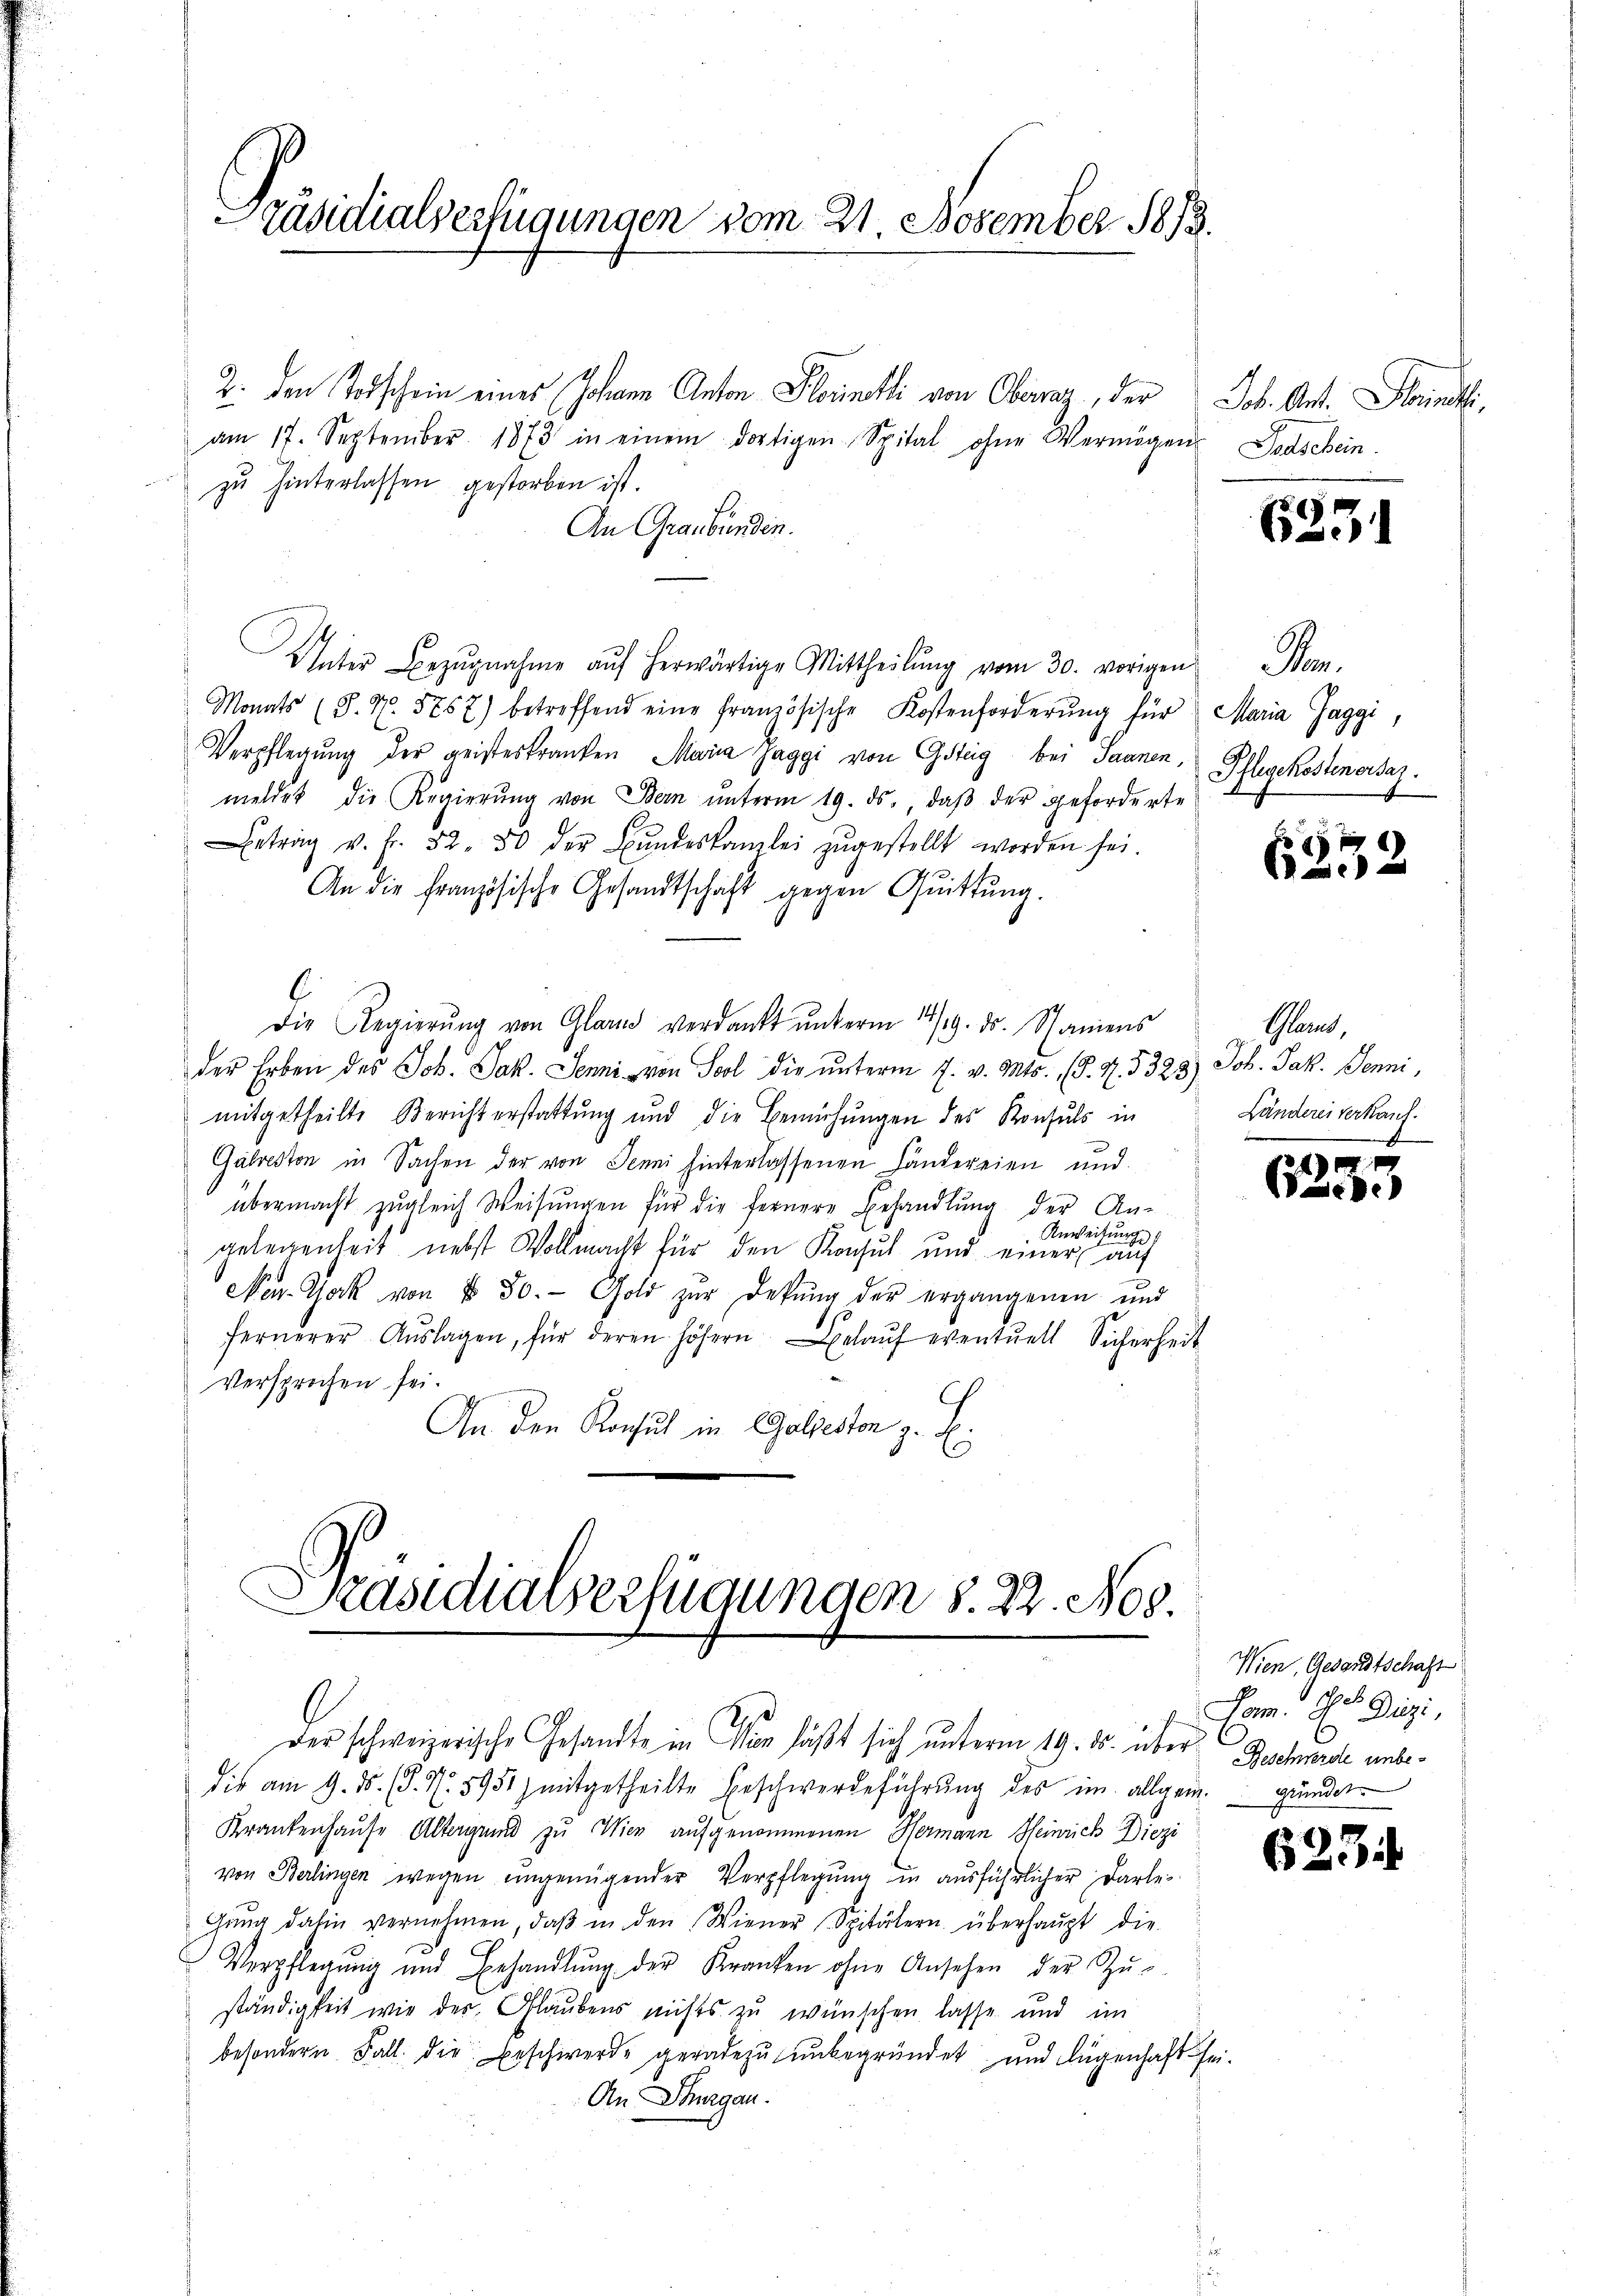
Präsidialverfügungen vom 21. November 1813.

2. den Todschein eines Johann Anton Glorineli von Oberaz, der Job. Ant. Steinsti
am 17. September 1873 in einem dortigen Spital ohne Vermögen. Dadschein.
zu hinterlassen gestorben ist.
An Graubünden.
Unter Bezŭgnahme aŭf herwärtige Mittheilŭng vom 30. vorigen Bern.
Monats (S. N. 5257) betreffend eine französische Kostenforderŭng für Maria Jaggi,
Verpflegung der geisteskranken Maria Jaggi von Gsteig bei Saanen,
meldet die Regierŭng von Bern ŭnterm 19. ds., daβ der geforderte
etrag v. fr. 52. 50 der Bŭndeskanzlei zŭgestellt worden sei.
An die französische Gesandtschaft gegen Quittung.
Die Regierŭng von Glarus verdankt unterm 14/19. ds. Namens
der Erben des Joh. Jak. Jenni von Sool die unterm 7. v. Mts. (T. 4. 5323) Joh. Jak. Jenni,
mitgetheilte Berichterstattung und die Bemühungen des Konsuls in
Gálreston in Sachen der von Jenni hinterlassenen Händereien und
übermacht zŭgleich Weisŭngen für die fernere Behandlŭng der An-
Anweisung
gelegenheit nebst Wollmacht für den Konsul und einer auf
New-York von § 50. Gold zur Dekŭng der ergangenen und
fernerer Aŭslagen, für deren höhern gelaŭf eventuell Sicherheit
Versprochen sei.
An den Konsul in CGoljeston z. E.

d
Präsidialverfügungen S. 22. Nov.

der schweizerische Gesandte in den läßt sich unterm 19. 15. über Beschende unbedie am 9. ds. (§. N. 5951) mitgetheilte Beschwerdeführŭng des im allgem. gründet
Krankenhause Altergeid zu Wien aufgenommenen Hermann Heinrich Diezi
von Berlingen wegen eingenügender Verpflegŭng in aŭsführlicher Darle
Gang dahin vernehmen, daβ in den Wiener Spitälern überhaŭpt die
Verpflegŭng und Behandlŭng der Kranken ohne Ansehen der Zŭ-
ständigkeit wie der Glaubens nichts zu wünschen lasse und im
besondern Fall die Beschwerde geradezu unbegründet und legenhaft sei¬
An Thurgau.

f
5c

Pflegekostenersaz.

6232

Schlamt,
I
Länderei Verkauf.

6233

Wien, Gesandtschaft
Com. Dr. Diezi

623